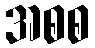
အစစ